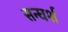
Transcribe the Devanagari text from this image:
सन्घर्श